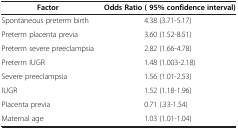
<table><thead><tr><td><b>Factor</b></td><td><b>Odds Ratio ( 95% confidence interval)</b></td></tr></thead><tbody><tr><td>Spontaneous preterm birth</td><td>4.38 (3.71-5.17)</td></tr><tr><td>Preterm placenta previa</td><td>3.60 (1.52-8.51)</td></tr><tr><td>Preterm severe preeclampsia</td><td>2.82 (1.66-4.78)</td></tr><tr><td>Preterm IUGR</td><td>1.48 (1.003-2.18)</td></tr><tr><td>Severe preeclampsia</td><td>1.56 (1.01-2.53)</td></tr><tr><td>IUGR</td><td>1.52 (1.18-1.96)</td></tr><tr><td>Placenta previa</td><td>0.71 (.33-1.54)</td></tr><tr><td>Maternal age</td><td>1.03 (1.01-1.04)</td></tr></tbody></table>